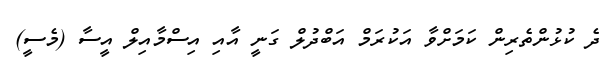
ދެ ކުޅުންތެރިން ކަމަށްވާ އަކުރަމް އަބްދުލް ގަނީ އާއި އިސްމާއިލް އީސާ (މެސީ)